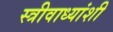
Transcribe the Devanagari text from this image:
स्त्रीवाध्यांशी